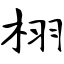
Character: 栩